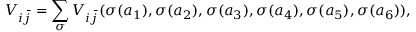
V _ { i \bar { j } } = \sum _ { \sigma } V _ { i \bar { j } } ( \sigma ( a _ { 1 } ) , \sigma ( a _ { 2 } ) , \sigma ( a _ { 3 } ) , \sigma ( a _ { 4 } ) , \sigma ( a _ { 5 } ) , \sigma ( a _ { 6 } ) ) ,